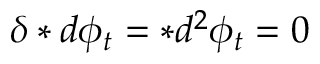
\delta \ast d \phi _ { t } = \ast d ^ { 2 } \phi _ { t } = 0